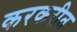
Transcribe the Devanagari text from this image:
करकरीत